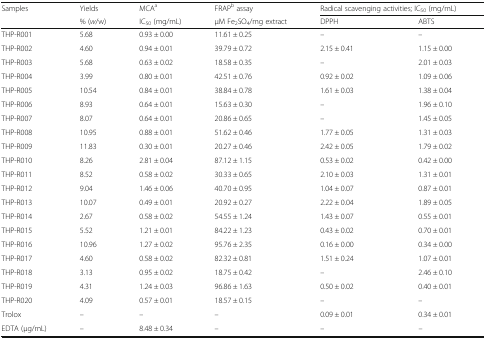
<table><thead><tr><td><b>Samples</b></td><td><b>Yields</b></td><td><b>MCA<sup>a</sup></b></td><td><b>FRAP<sup>b</sup> assay</b></td><td colspan="2"><b>Radical scavenging activities; IC<sub>50</sub> (mg/mL)</b></td></tr><tr><td></td><td><b>% (<i>w</i>/w)</b></td><td><b>IC<sub>50</sub> (mg/mL)</b></td><td><b>μM Fe<sub>2</sub>SO<sub>4</sub>/mg extract</b></td><td><b>DPPH</b></td><td><b>ABTS</b></td></tr></thead><tbody><tr><td>THP-R001</td><td>5.68</td><td>0.93 ± 0.00</td><td>11.61 ± 0.25</td><td>–</td><td>–</td></tr><tr><td>THP-R002</td><td>4.60</td><td>0.94 ± 0.01</td><td>39.79 ± 0.72</td><td>2.15 ± 0.41</td><td>1.15 ± 0.00</td></tr><tr><td>THP-R003</td><td>5.68</td><td>0.63 ± 0.02</td><td>18.58 ± 0.35</td><td>–</td><td>2.01 ± 0.03</td></tr><tr><td>THP-R004</td><td>3.99</td><td>0.80 ± 0.01</td><td>42.51 ± 0.76</td><td>0.92 ± 0.02</td><td>1.09 ± 0.06</td></tr><tr><td>THP-R005</td><td>10.54</td><td>0.84 ± 0.01</td><td>38.84 ± 0.78</td><td>1.61 ± 0.03</td><td>1.38 ± 0.04</td></tr><tr><td>THP-R006</td><td>8.93</td><td>0.64 ± 0.01</td><td>15.63 ± 0.30</td><td>–</td><td>1.96 ± 0.10</td></tr><tr><td>THP-R007</td><td>8.07</td><td>0.64 ± 0.01</td><td>20.86 ± 0.65</td><td>–</td><td>1.45 ± 0.05</td></tr><tr><td>THP-R008</td><td>10.95</td><td>0.88 ± 0.01</td><td>51.62 ± 0.46</td><td>1.77 ± 0.05</td><td>1.31 ± 0.03</td></tr><tr><td>THP-R009</td><td>11.83</td><td>0.30 ± 0.01</td><td>20.27 ± 0.46</td><td>2.42 ± 0.05</td><td>1.79 ± 0.02</td></tr><tr><td>THP-R010</td><td>8.26</td><td>2.81 ± 0.04</td><td>87.12 ± 1.15</td><td>0.53 ± 0.02</td><td>0.42 ± 0.00</td></tr><tr><td>THP-R011</td><td>8.52</td><td>0.58 ± 0.02</td><td>30.33 ± 0.65</td><td>2.10 ± 0.03</td><td>1.31 ± 0.01</td></tr><tr><td>THP-R012</td><td>9.04</td><td>1.46 ± 0.06</td><td>40.70 ± 0.95</td><td>1.04 ± 0.07</td><td>0.87 ± 0.01</td></tr><tr><td>THP-R013</td><td>10.07</td><td>0.49 ± 0.01</td><td>20.92 ± 0.27</td><td>2.22 ± 0.04</td><td>1.89 ± 0.05</td></tr><tr><td>THP-R014</td><td>2.67</td><td>0.58 ± 0.02</td><td>54.55 ± 1.24</td><td>1.43 ± 0.07</td><td>0.55 ± 0.01</td></tr><tr><td>THP-R015</td><td>5.52</td><td>1.21 ± 0.01</td><td>84.22 ± 1.23</td><td>0.43 ± 0.02</td><td>0.70 ± 0.01</td></tr><tr><td>THP-R016</td><td>10.96</td><td>1.27 ± 0.02</td><td>95.76 ± 2.35</td><td>0.16 ± 0.00</td><td>0.34 ± 0.00</td></tr><tr><td>THP-R017</td><td>4.60</td><td>0.58 ± 0.02</td><td>82.32 ± 0.81</td><td>1.51 ± 0.24</td><td>1.07 ± 0.01</td></tr><tr><td>THP-R018</td><td>3.13</td><td>0.95 ± 0.02</td><td>18.75 ± 0.42</td><td>–</td><td>2.46 ± 0.10</td></tr><tr><td>THP-R019</td><td>4.31</td><td>1.24 ± 0.03</td><td>96.86 ± 1.63</td><td>0.50 ± 0.02</td><td>0.40 ± 0.01</td></tr><tr><td>THP-R020</td><td>4.09</td><td>0.57 ± 0.01</td><td>18.57 ± 0.15</td><td>–</td><td>–</td></tr><tr><td>Trolox</td><td>–</td><td>–</td><td>–</td><td>0.09 ± 0.01</td><td>0.34 ± 0.01</td></tr><tr><td>EDTA (μg/mL)</td><td>–</td><td>8.48 ± 0.34</td><td>–</td><td>–</td><td>–</td></tr></tbody></table>